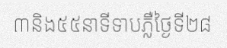
៣និង៥៥នាទីទាបភ្លឺថ្ងៃទី២៨